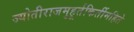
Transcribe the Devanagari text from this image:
ज्योतीराजमुहूर्तकिर्तीमहिते